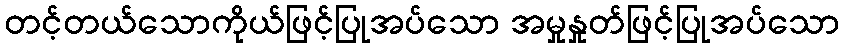
တင့်တယ်သောကိုယ်ဖြင့်ပြုအပ်သော အမှုနှုတ်ဖြင့်ပြုအပ်သော